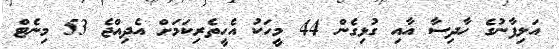
އަލިފާނުގެ ހާދިސާ އާއި ގުޅިގެން 44 މީހަކު އެހީތެރިކަމަށް އެދިއްޖެ 53 މިނެޓް